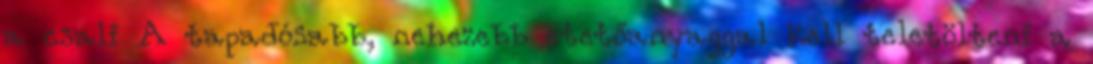
a csali A tapadósabb, nehezebb etetőanyaggal kell teletölteni a